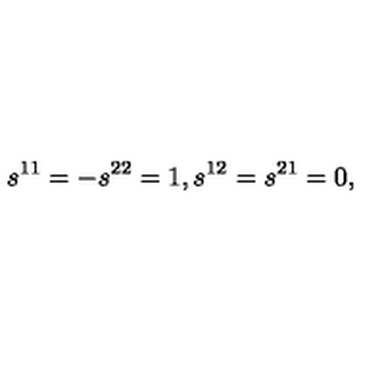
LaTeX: s ^ { 1 1 } = - s ^ { 2 2 } = 1 , s ^ { 1 2 } = s ^ { 2 1 } = 0 ,